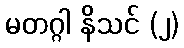
မတဂ္ဂါ နိသင် (၂)